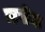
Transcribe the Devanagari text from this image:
ऋ़षींचा